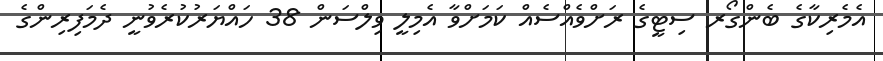
އެމެރިކާގެ ބެންގޯރ ސިޓީގެ ރަށްވެއްސެއް ކަމަށްވާ އެމިލީ ވިލްސަން 38 ހައްޔަރުކުރެވުނީ ދެމަފިރިންގެ